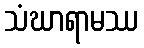
သံဃာရာမဿ